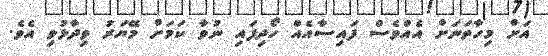
އަށް މިހާތަނަށް އެއްވެސް ފައިސާއެއް ހޯދިފައި ނުވާ ކަމަށް މޭޔަރު ވިދާޅުވި އެވެ.